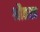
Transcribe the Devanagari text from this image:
श्रौतस्त्र